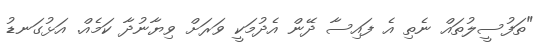
"ތަފުސީލުތައް ނެތި އެ ފައިސާ ދޭން އެދުމަކީ ވަރަށް ވިޔާނުދާ ކަމެއް. އަޅުގަނޑު